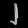
Digit: ၂